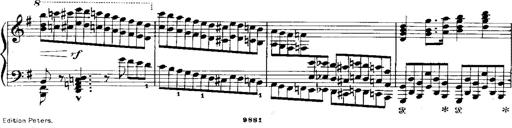
Title: RÃ©miniscences de Norma de Bellini
Composer: Franz Liszt